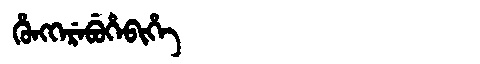
Manchu: ᡥᡠᠩᡴᡝᡵᡝᠪᡠᡥᡝᠪᡳᡥᡝ
Romanization: HUNGKEREBUHEBIHE